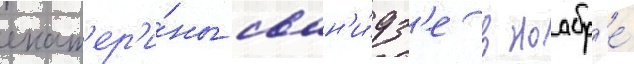
екат'ер'и́ны сван'и́дз'е в ноабр'е́